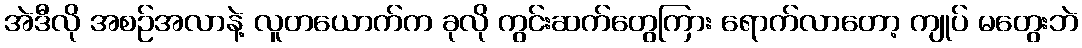
အဲဒီလို အစဉ်အလာနဲ့ လူတယောက်က ခုလို ကွင်းဆက်တွေကြား ရောက်လာတော့ ကျုပ် မတွေးဘဲ